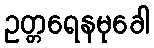
ဥတ္တရေနမုခေါ